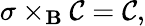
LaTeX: \sigma\times_{\mathbf{B}}{\cal{C}}={\cal{C}},